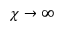
\chi \to \infty